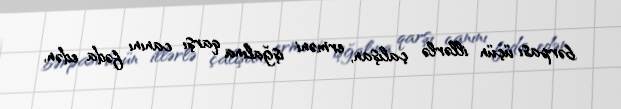
bərpası üçün illərlə çalışan, erməni işğalına qarşı canını fəda edən,